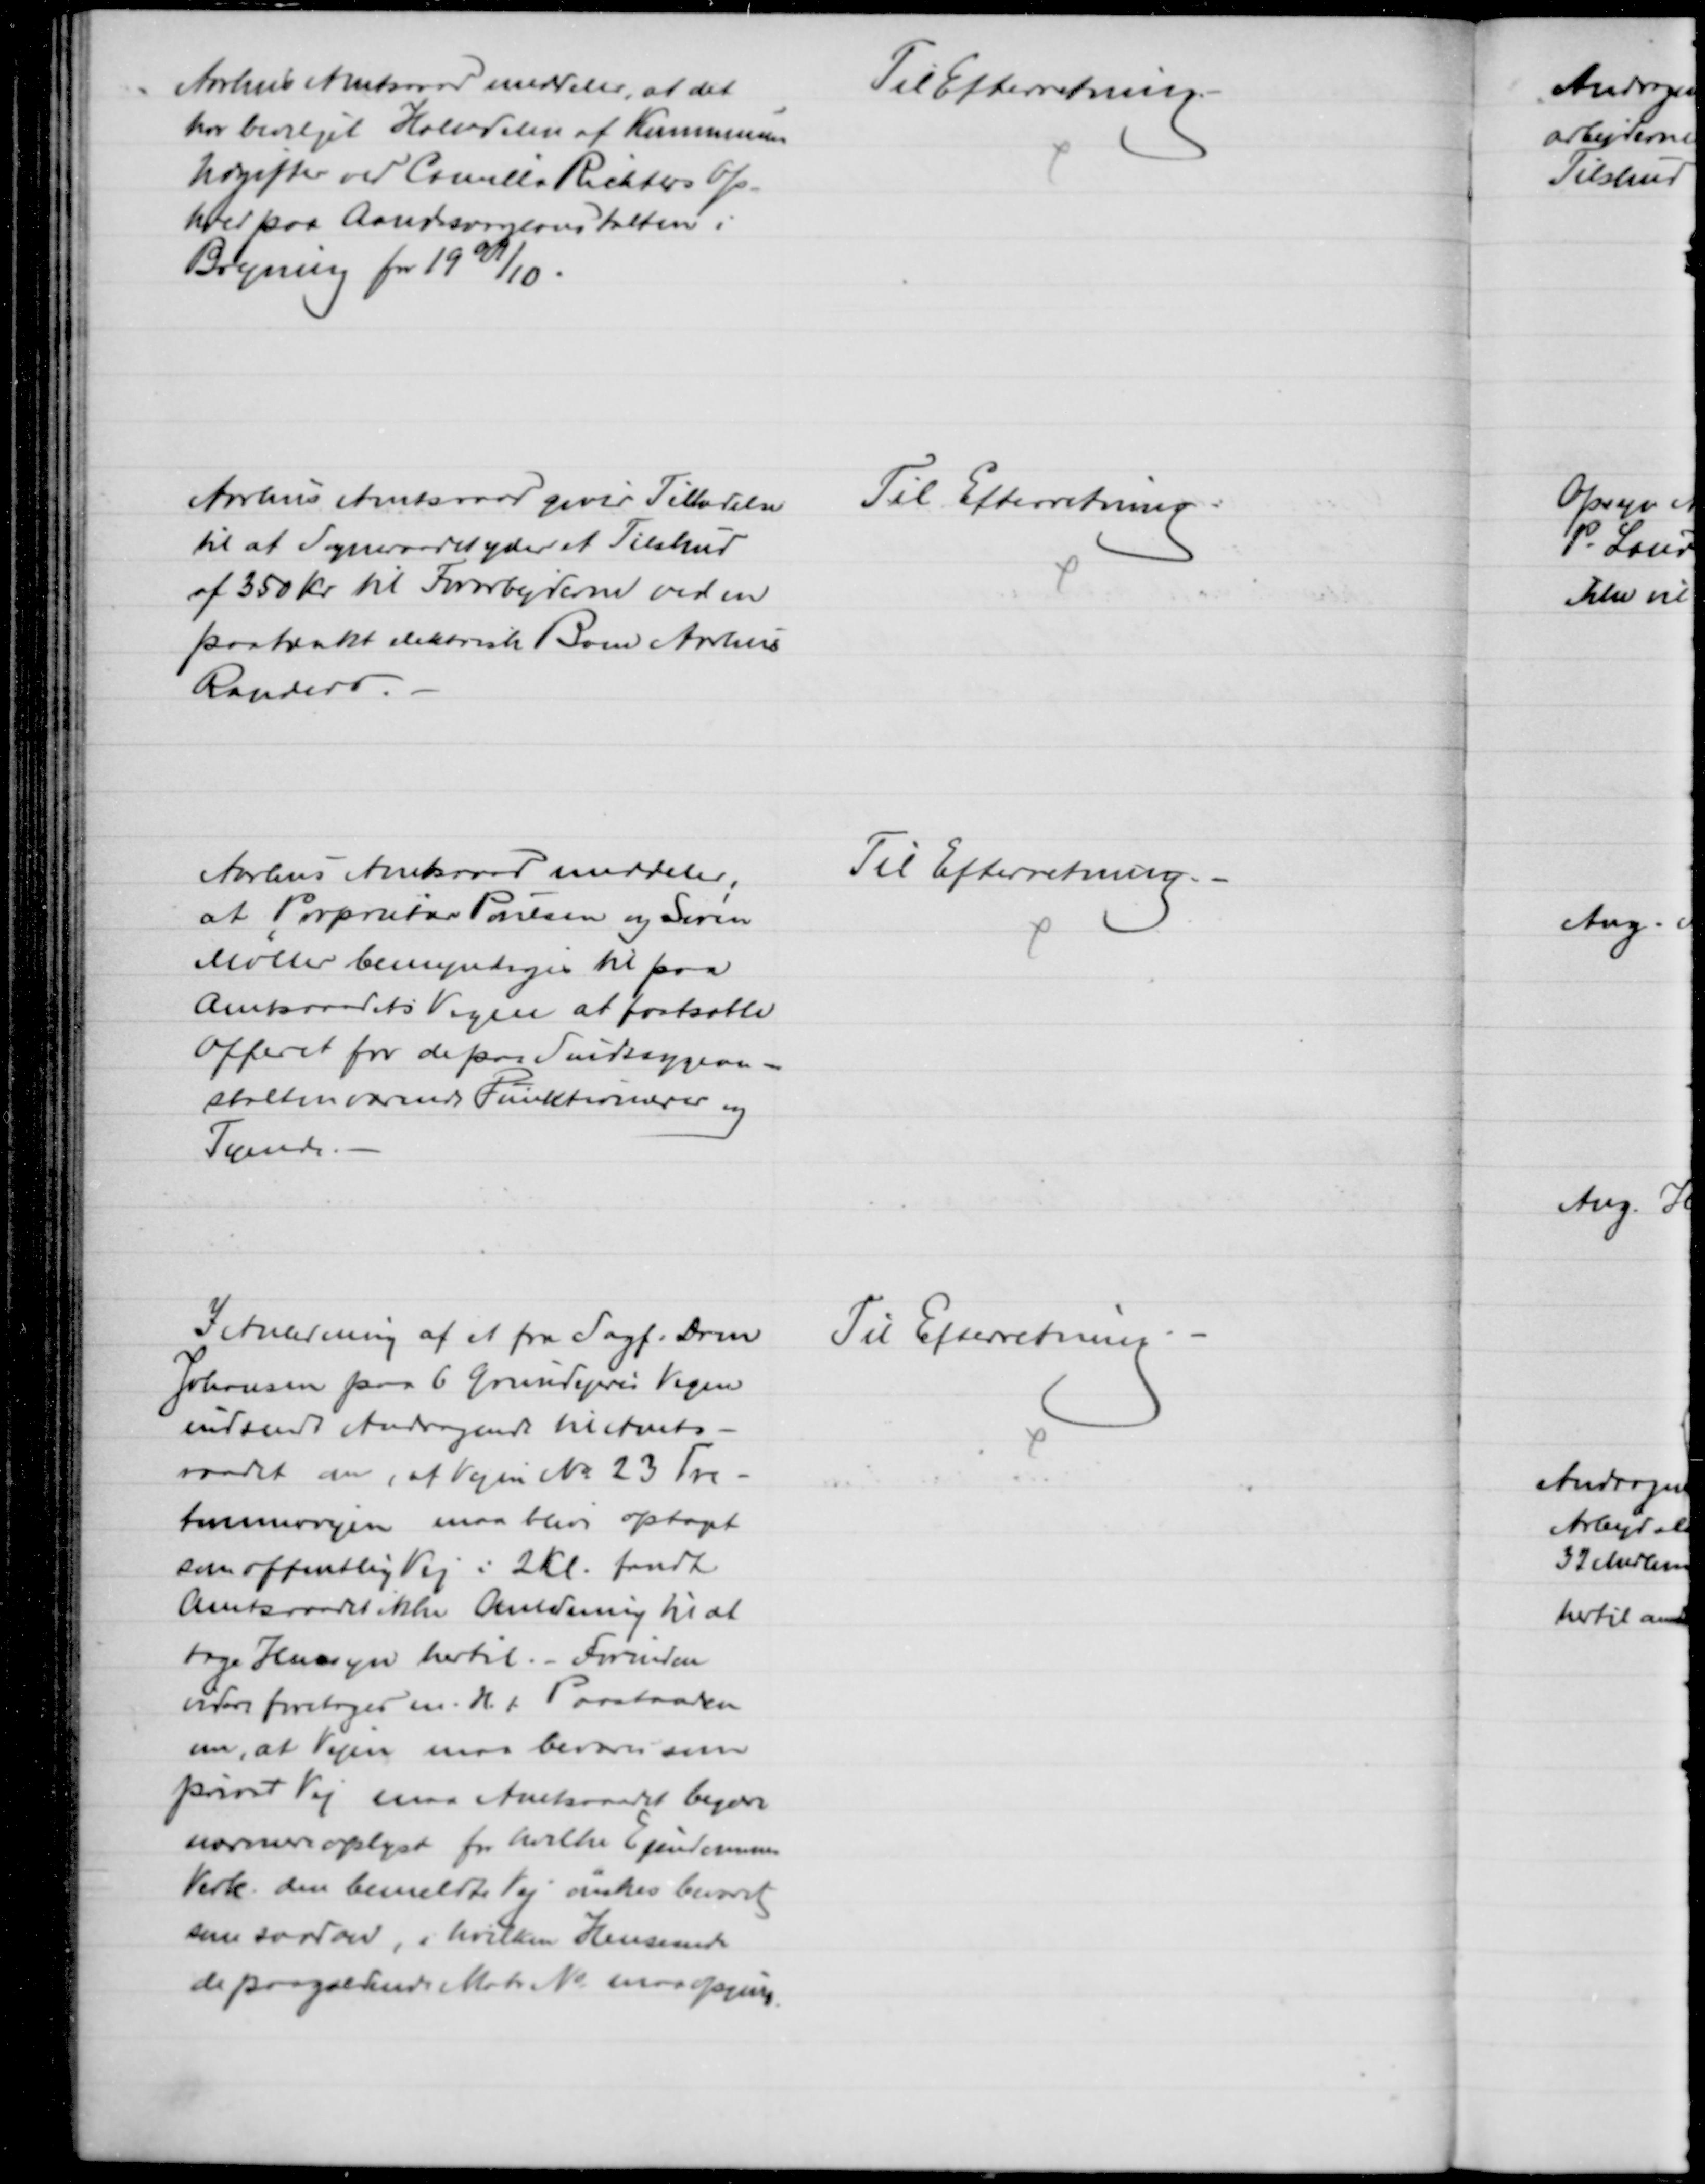
Transskription:
Aarhus Amtsraad meddeler, at det
har bevilget Halvdelen af Kommunens
Udgifter ved Camille Richters Op-
hold paa Aandssvageanstalten i
Bregning for 1909/10.
Til Efterretning.
Aarhus Amtsraad giver Tilladelse
til at Sogneraadet yder et Tilskud
af 350 Kr til Forarbejderne ved en
paatænkt elektrisk Bane Aarhus
Randers.
Til Efterretning
Aarhus Amtsraad meddeler,
at Proprietær Poulsen og Søren
Møller bemyndiges til paa
Amtsraadets Vegne at fastsætte
Offeret for de paa Sindssygean-
stalten værende Funktionærer og
Tyende.
Til Efterretning.
I Anledning af et fra Sagf. Dam
Johansen paa 6 Grundejeres Vegne
indsendt Andragende til Amts-
raadet om, at Vejen № 23 Tre-
tommervejen maa blive optaget
som offentlig Vej i 2 Kl. fandt
Amtsraadet ikke Anledning til at 
tage Hensyn hertil. - Forinden
videre foretages m. H. t. Paastanden
om, at Vejen maa bevares som
privat Vej maa Amtsraadet begære
nærmere oplyst for hvilke Ejendommes
Vedk. den bemeldte Vej ønskes bevaret
som saadan, i hvilken Henseende
de paagældende Matr. № maa opgives
Til Efterretning